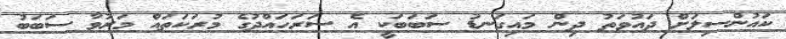
ކައުންސިލަށް ދައުވަތު ދިން މައިގަނޑު ސަބަބަކީ އެ ސަރަހައްދުގެ މުރަކަތައް މަރުވާ ސަބަބު